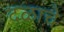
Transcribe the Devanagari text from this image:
दळाचे